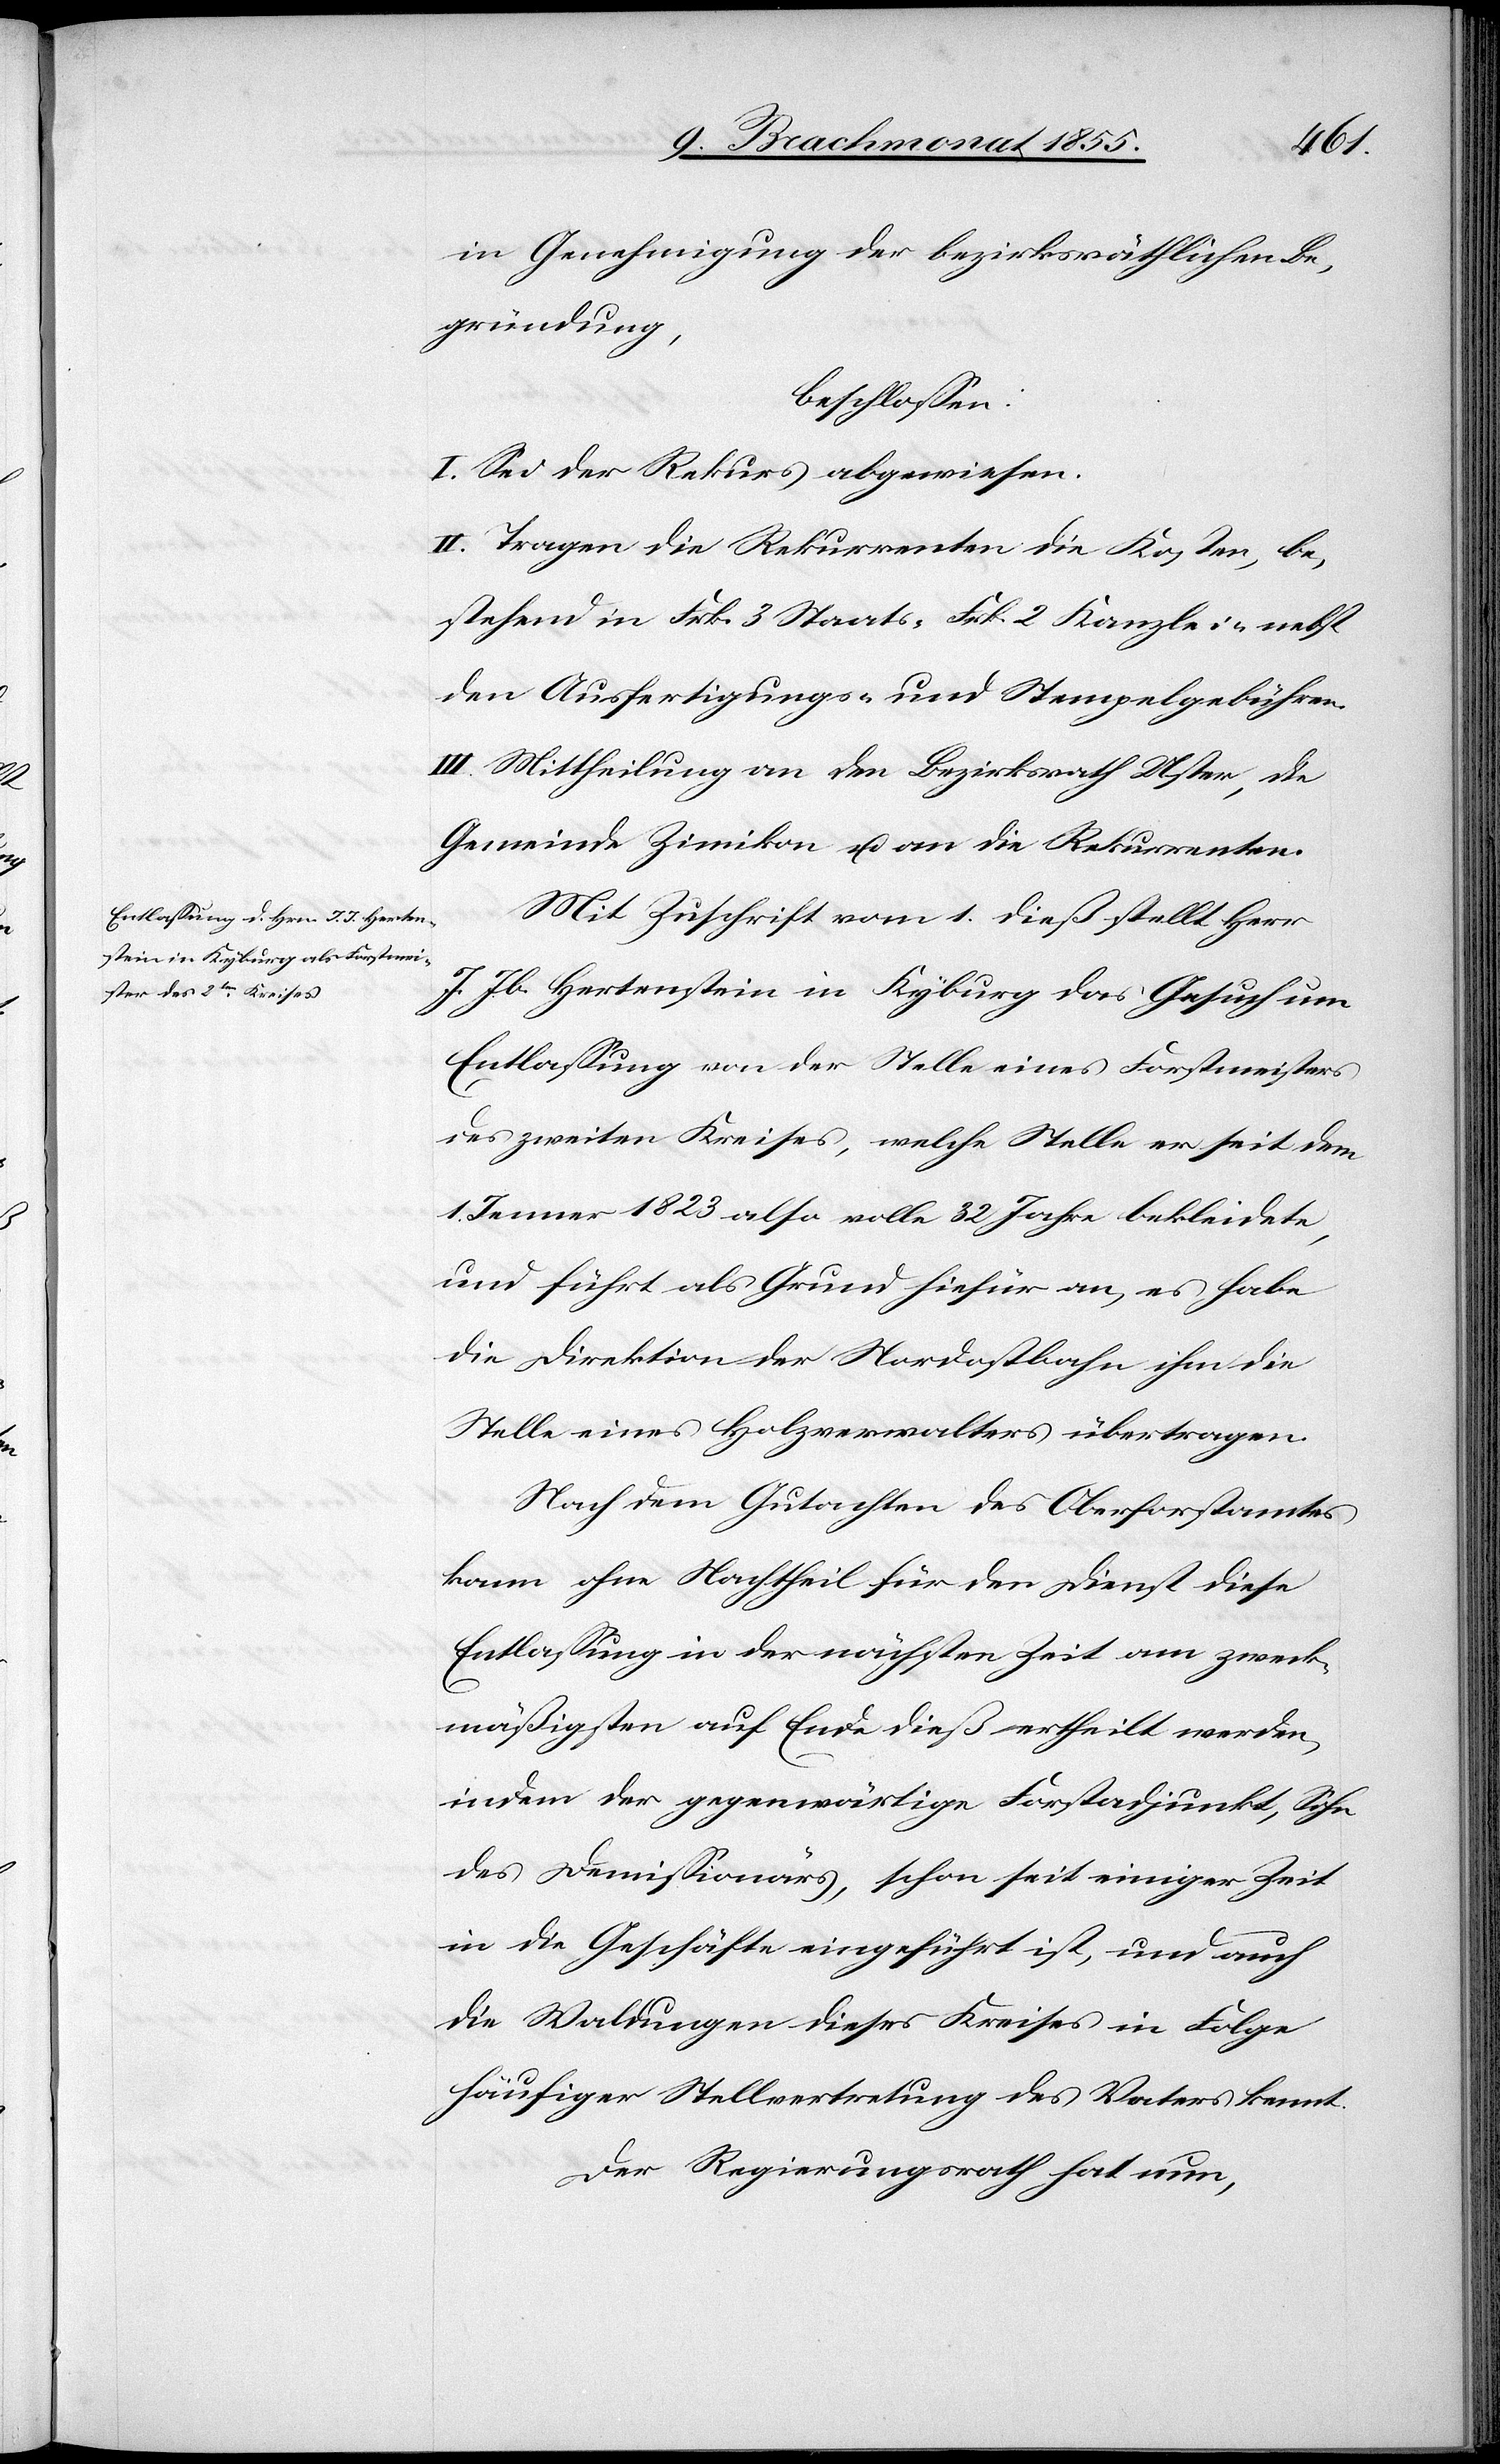
in Genehmigung der bezirksräthlichen Be¬
gründung,
beschlossen:
I. Sei der Rekurs abgewiesen.
II. Tragen die Rekurrenten die Kosten, be¬
stehend in Frk. 3 Staats-[,] Frk. 2 Kanzlei-[,] nebst
den Ausfertigungs- und Stempelgebühren.
III. Mittheilung an den Bezirksrath Uster, die
Gemeinde Zimikon u. an die Rekurrenten.
Mit Zuschrift vom 1. dieß stellt Herr
J. Jb. Hertenstein in Kyburg das Gesuch um
Entlassung von der Stelle eines Forstmeisters
des zweiten Kreises, welche Stelle er seit dem
1. Jenner 1823 also volle 32 Jahre bekleidete,
und führt als Grund hiefür an, es habe
die Direktion der Nordostbahn ihm die
Stelle eines Holzverwalters übertragen.
Nach dem Gutachen des Oberforstamtes
kann ohne Nachtheil für den Dienst diese
Entlassung in der nächsten Zeit am zweck¬
mäßigsten auf Ende dieß ertheilt werden,
indem der gegenwärtige Forstadjunkt, Sohn
des Demissionärs, schon seit einiger Zeit
in die Geschäfte eingeführt ist, und auch
die Waldungen dieses Kreises in Folge
häufiger Stellvertretung des Vaters kennt.
Der Regierungsrath hat nun,